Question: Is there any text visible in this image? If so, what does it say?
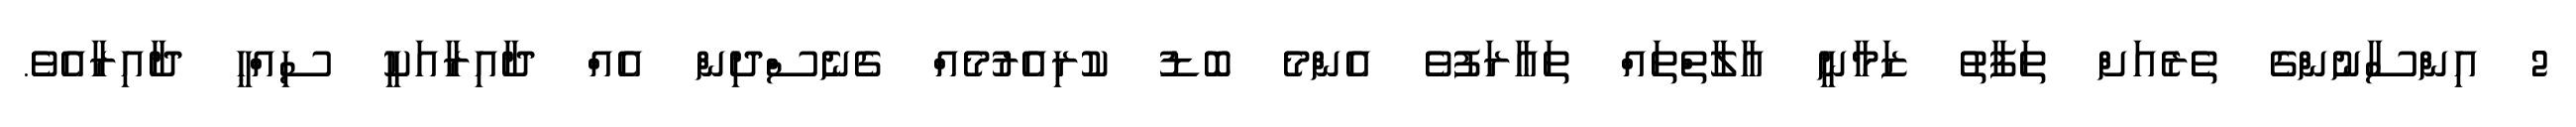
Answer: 2 އިންސާނުންގެ ތެރެއަށް ތަފާތު ޒަމާނީ އާލާތްތައް ތަޢާރަފުވެ އެންމެ ބޮޑު ކުރިއެރުމެއް ގެނެސްދިން އެއް ދާއިރާއަކީ ސިއްޙީ ދާއިރާއެވެ.